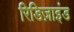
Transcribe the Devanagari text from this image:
रिडिज़ाइंड